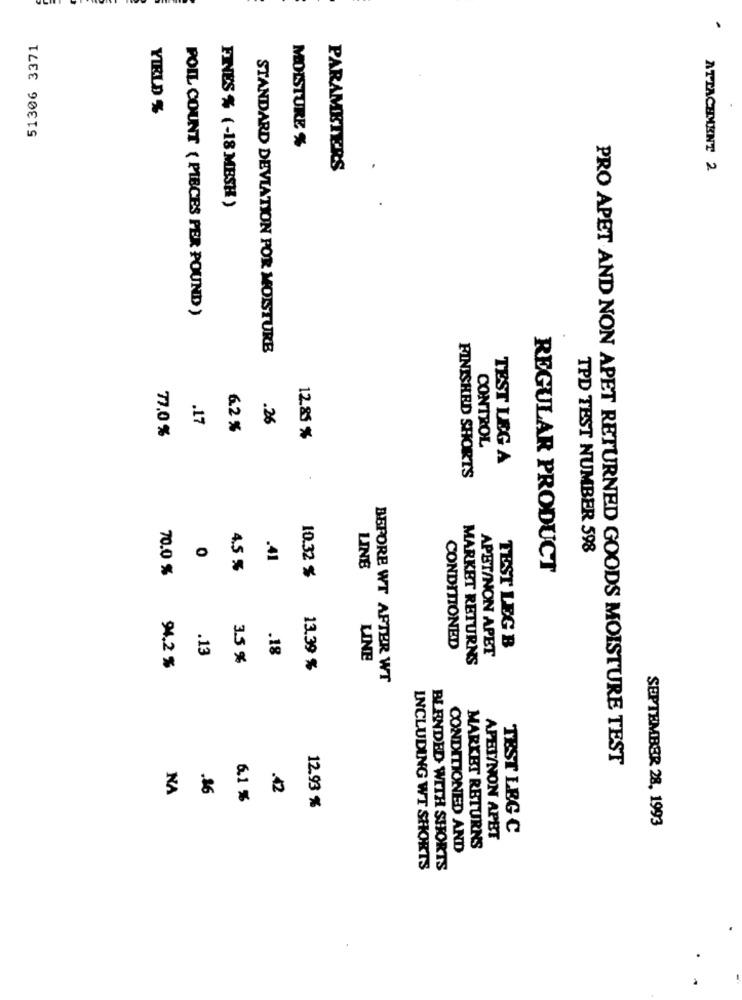
51306 3371
YIELD %
MOISTURE %
PARAMETERS
ATTACHMENT 2
FINES % (-18 MESH )
POIL COUNT ( PIECES PER POUND )
STANDARD DEVIATION POR MOISTURE
.17
.26
6.2 %
77.0 %
12.85 %
CONTROL
TEST LEG A
FINISHED SHORTS
TPD TEST NUMBER 598
.41
70.0 %
4.5 %
LINE
REGULAR PRODUCT
10.32 %
.13
.18
CONDITIONED
TEST LEG B
3.5 %
LINE
MARKET RETURNS
APBT/NON APET
94,2 %
13.39 %
BEFORE WT AFTER WT
PRO APET AND NON APET RETURNED GOODS MOISTURE TEST
NA
.16
.42
6.1 %
12.93 %
SEPTEMBER 28, 1993
TEST LEG C
APEU/NON APBT
CONDITIONED AND
MARKET RETURNS
INCLUDING WT SHORTS
BLENDED WITH SHORTS